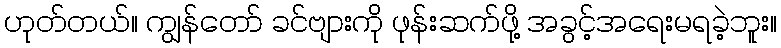
ဟုတ်တယ်။ ကျွန်တော် ခင်ဗျားကို ဖုန်းဆက်ဖို့ အခွင့်အရေးမရခဲ့ဘူး။